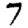
Digit: 7